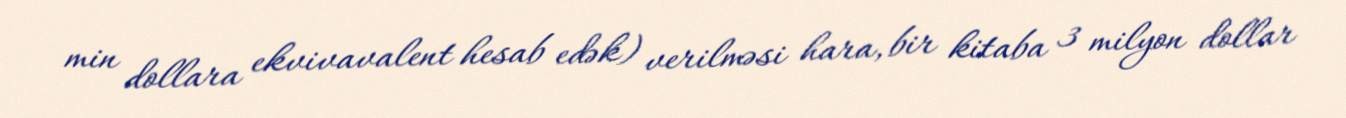
min dollara ekvivavalent hesab edək) verilməsi hara, bir kitaba 3 milyon dollar